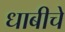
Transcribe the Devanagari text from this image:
धाबीचे